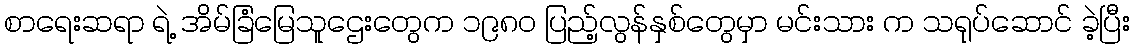
စာရေးဆရာ ရဲ့ အိမ်ခြံမြေသူဌေးတွေက ၁၉၈၀ ပြည့်လွန်နှစ်တွေမှာ မင်းသား က သရုပ်ဆောင် ခဲ့ပြီး